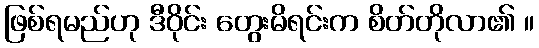
ဖြစ်ရမည်ဟု ဒီဝိုင်း တွေးမိရင်းက စိတ်တိုလာ၏ ။